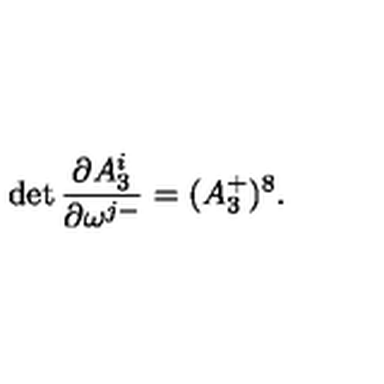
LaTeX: \det { \frac { \partial A _ { 3 } ^ { i } } { \partial \omega ^ { j - } } } = ( A _ { 3 } ^ { + } ) ^ { 8 } .